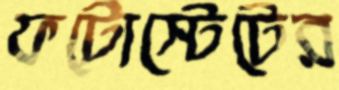
ফটোস্টেটের